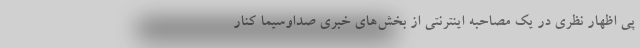
پی اظهار نظری در یک مصاحبه اینترنتی از بخش‌های خبری صداوسیما کنار